Leaving Certificate Examination (including Day School Certificate (Higher) General paper), 1931
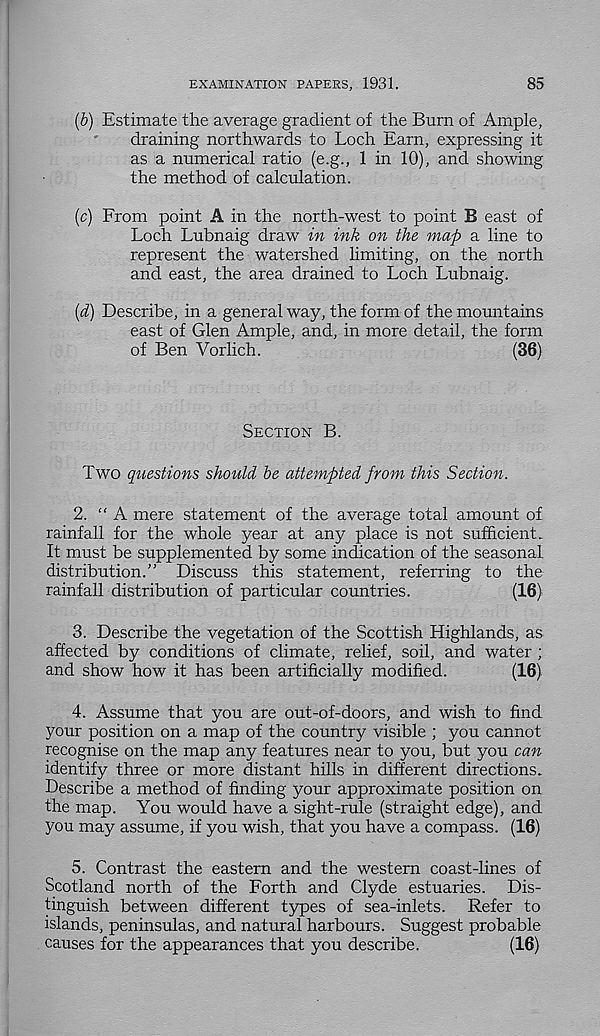
EXAMINATION PAPERS, 1931.
85
(b) Estimate the average gradient of the Burn of Ample,
draining northwards to Loch Earn, expressing it
as a numerical ratio (e.g., 1 in 10), and showing
the method of calculation.
(c) From point A in the north-west to point B east of
Loch Lubnaig draw in ink on the map a line to
represent the watershed limiting, on the north
and east, the area drained to Loch Lubnaig.
{d) Describe, in a general way, the form of the mountains
east of Glen Ample, and, in more detail, the form
of Ben Vorlich.
(36)
Section B.
Two questions should be attempted from this Section.
2. “A mere statement of the average total amount of
rainfall for the whole year at any place is not sufficient.
It must be supplemented by some indication of the seasonal
distribution.” Discuss this statement, referring to the
rainfall distribution of particular countries.
(16)
3. Describe the vegetation of the Scottish Highlands, as
affected by conditions of climate, relief, soil, and water ;
and show how it has been artificially modified.
(16)
4. Assume that you are out-of-doors, and wish to find
your position on a map of the country visible ; you cannot
recognise on the map any features near to you, but you can
identify three or more distant hills in different directions.
Describe a method of finding your approximate position on
the map. You would have a sight-rule (straight edge), and
you may assume, if you wish, that you have a compass. (16)
5. Contrast the eastern and the western coast-lines of
Scotland north of the Forth and Clyde estuaries. Dis-
tinguish between different types of sea-inlets. Refer to
islands, peninsulas, and natural harbours. Suggest probable
causes for the appearances that you describe.
(16)